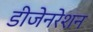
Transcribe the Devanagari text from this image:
डीजेनरेशन